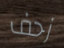
زحف